画像に写った文字を読んでください
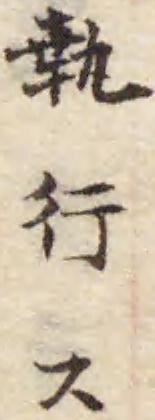
「執行ス」と書いてあります